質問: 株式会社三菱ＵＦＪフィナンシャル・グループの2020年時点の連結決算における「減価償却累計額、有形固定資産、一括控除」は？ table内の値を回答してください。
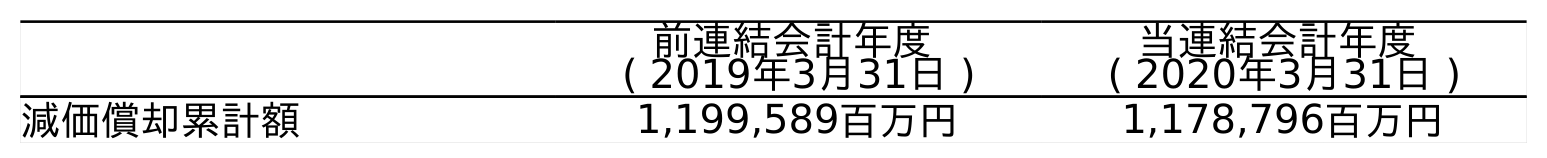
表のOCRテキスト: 前連結会計年度 ( 2019年3月31日 ) 当連結会計年度 ( 2020年3月31日 ) 減価償却累計額 1,199,589百万円 1,178,796百万円
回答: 1,178,796